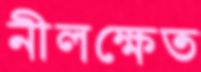
নীলক্ষেত